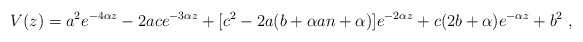
\begin{align*} V(z) = a^2e^{-4\alpha z} - 2ac e^{-3\alpha z}+ [c^2 - 2a(b +\alpha a n + \alpha)]e^{-2\alpha z} + c(2b+\alpha )e^{-\alpha z}+b^2\ ,\end{align*}